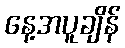
နေ့အပူချိန်